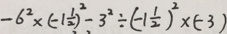
- 6 ^ { 2 } \times ( - 1 \frac { 1 } { 2 } ) ^ { 2 } - 3 ^ { 2 } \div ( - 1 \frac { 1 } { 2 } ) ^ { 2 } \times ( - 3 )